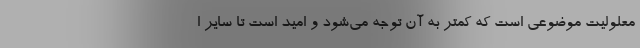
معلولیت موضوعی است که کمتر به آن توجه می‌شود و امید است تا سایر ا